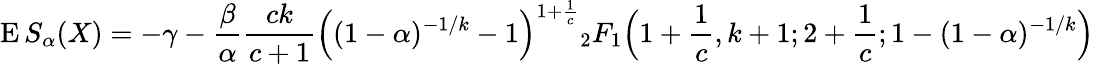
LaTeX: \operatorname{E}S_{\alpha}(X)=-\gamma-{\frac{\beta}{\alpha}}{\frac{ck}{c+1}}{\Big(}(1-\alpha)^{-1/k}-1{\Big)}^{1+{\frac{1}{c}}}{_{2}F_{1}}{\Big(}1+{\frac{1}{c}},k+1;2+{\frac{1}{c}};1-(1-\alpha)^{-1/k}{\Big)}